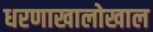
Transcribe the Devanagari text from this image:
धरणाखालोखाल